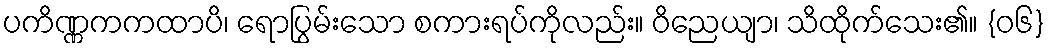
ပကိဏ္ဏကကထာပိ၊ ရောပြွမ်းသော စကားရပ်ကိုလည်း။ ဝိညေယျာ၊ သိထိုက်သေး၏။ {၀၆}